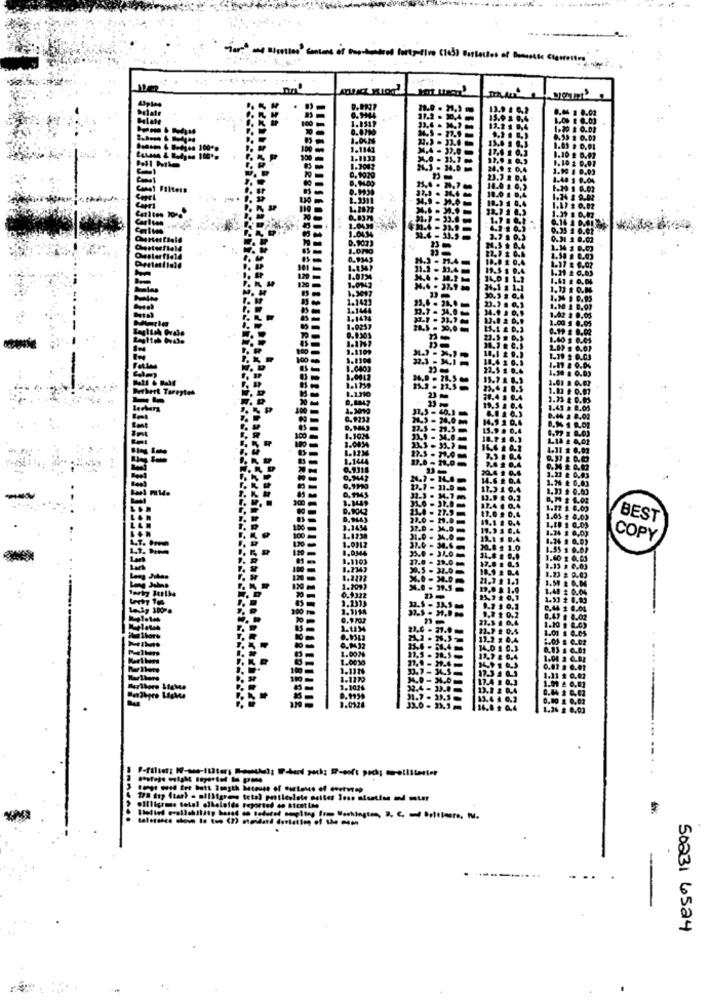
.P
BEST
COPY
1103
1.0076
1.0030
1.1026
0.9939
1.0124
50231 6524